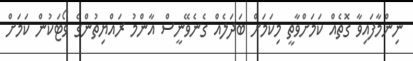
ނިންމާފައިވާ ގޮތެއް ކަމަށްވާތީ މިކަމަށް ބަދަލެއް ގެނެވޭނީސް އާންމު ރައްޔިތުންގެ ވޯޓަކުން ކަމަށް